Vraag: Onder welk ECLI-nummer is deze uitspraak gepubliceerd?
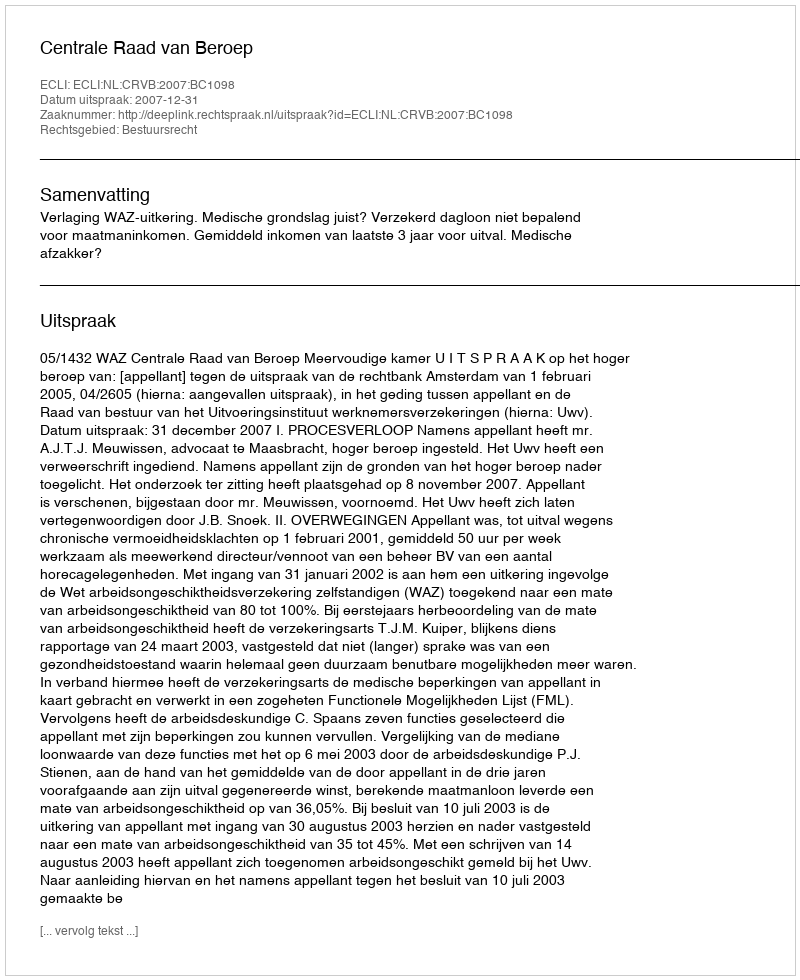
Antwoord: ECLI:NL:CRVB:2007:BC1098